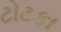
ટોટકા